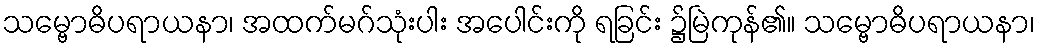
သမ္ဗောဓိပရာယနာ၊ အထက်မဂ်သုံးပါး အပေါင်းကို ရခြင်း ၌မြဲကုန်၏။ သမ္ဗောဓိပရာယနာ၊